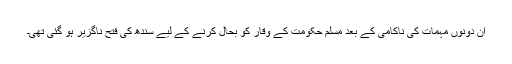
ان دونوں مہمات کی ناکامی کے بعد مسلم حکومت کے وقار کو بحال کرنے کے لیے سندھ کی فتح ناگزیر ہو گئی تھی۔